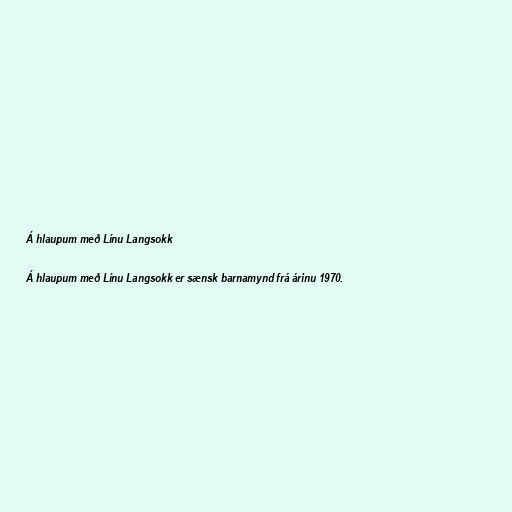
Á hlaupum með Línu Langsokk

Á hlaupum með Línu Langsokk er sænsk barnamynd frá árinu 1970.